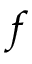
f